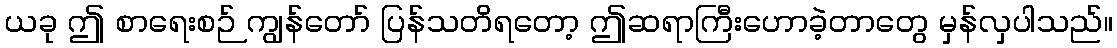
ယခု ဤ စာရေးစဉ် ကျွန်တော် ပြန်သတိရတော့ ဤဆရာကြီးဟောခဲ့တာတွေ မှန်လှပါသည်။